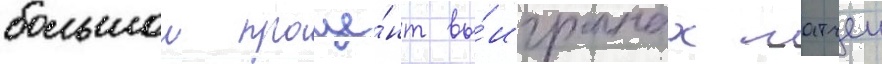
большои проце́нт вы́игранных матчеи